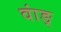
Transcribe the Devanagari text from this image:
वांङ्‌